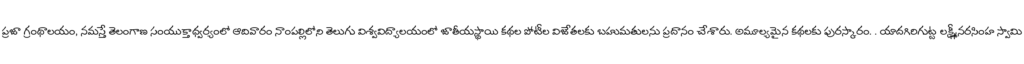
ప్రజా గ్రంథాలయం, నమస్తే తెలంగాణ సంయుక్తాధ్వర్యంలో ఆదివారం నాంపల్లిలోని తెలుగు విశ్వవిద్యాలయంలో జాతీయస్థాయి కథల పోటీల విజేతలకు బహుమతులను ప్రదానం చేశారు. అమూల్యమైన కథలకు పురస్కారం. . యాదగిరిగుట్ట లక్ష్మీనరసింహ స్వామి